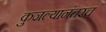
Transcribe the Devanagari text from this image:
कुजल्यानंतरच